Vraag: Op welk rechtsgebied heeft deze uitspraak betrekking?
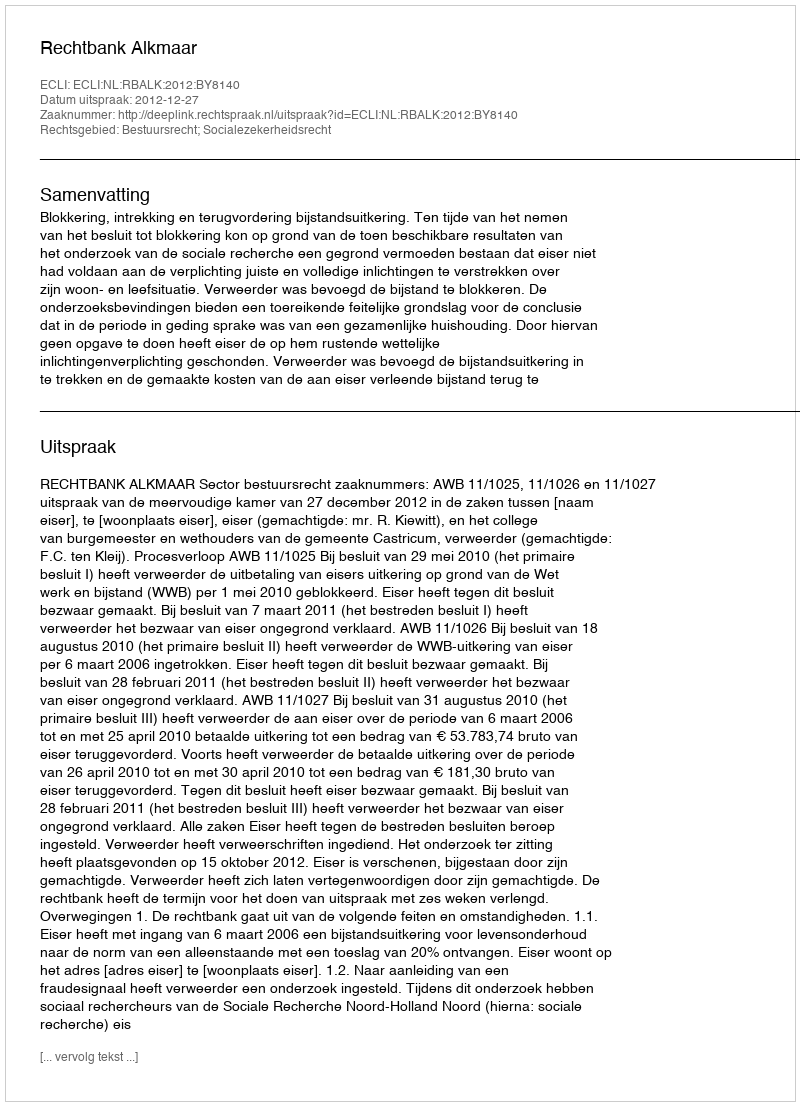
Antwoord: Bestuursrecht; Socialezekerheidsrecht